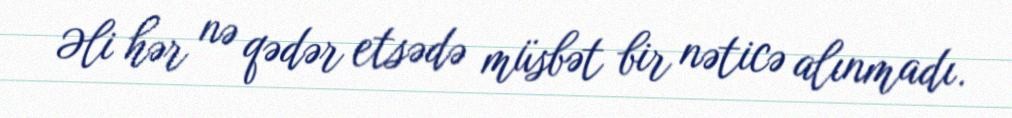
Əli hər nə qədər etsədə müsbət bir nəticə alınmadı.